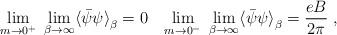
LaTeX: \begin{align*} \lim_{m \rightarrow 0^+} \; \lim_{\beta \rightarrow \infty} \langle {\bar {\psi}} \psi {\rangle}_{\beta} = 0 \;\;\; \lim_{m \rightarrow 0^-} \; \lim_{\beta \rightarrow \infty} \langle {\bar {\psi}} \psi {\rangle}_{\beta}= \frac {eB} {2 \pi} \; ,\end{align*}